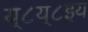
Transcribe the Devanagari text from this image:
य्८य्८इय